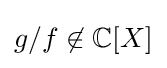
g/f\not \in \mathbb {C} [X]